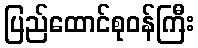
ပြည်ထောင်စုဝန်ကြီး